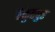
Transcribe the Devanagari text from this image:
वैकुंठपुर